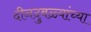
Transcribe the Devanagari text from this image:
दीनदुबळ्यांच्या